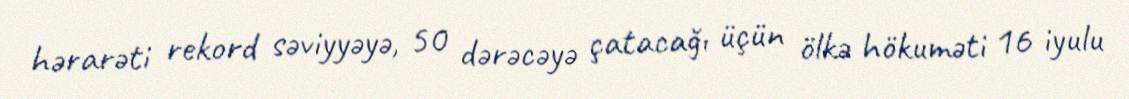
hərarəti rekord səviyyəyə, 50 dərəcəyə çatacağı üçün ölkə hökuməti 16 iyulu